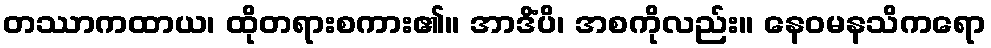
တဿာကထာယ၊ ထိုတရားစကား၏။ အာဒိံပိ၊ အစကိုလည်း။ နေဝမနသိကရော